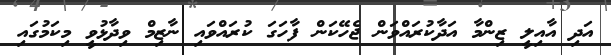
އަދި އާއިލީ ޒިންމާ އަދާކުރައްވަން ޖެހޭކަން ފާހަގަ ކުރައްވައި ނާޒިމް ވިދާޅުވީ މިކަމުގައި